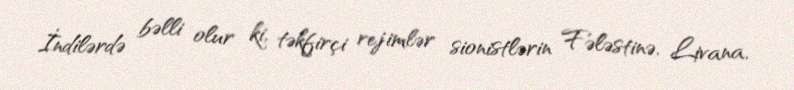
İndilərdə bəlli olur ki, təkfirçi rejimlər sionistlərin Fələstinə, Livana,